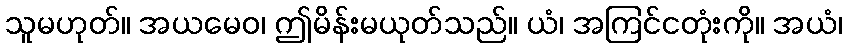
သူမဟုတ်။ အယမေဝ၊ ဤမိန်းမယုတ်သည်။ ယံ၊ အကြင်ငတုံးကို။ အယံ၊